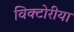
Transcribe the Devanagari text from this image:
विक्टोरीया